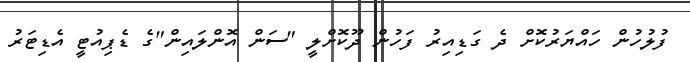
ފުލުހުން ހައްޔަރުކޮށް ދެ ގަޑިއިރު ފަހުން ދޫކޮށްލީ "ސަން އޮންލައިން"ގެ ޑެޕިއުޓީ އެޑިޓަރު